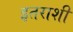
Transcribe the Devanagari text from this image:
इतराशी